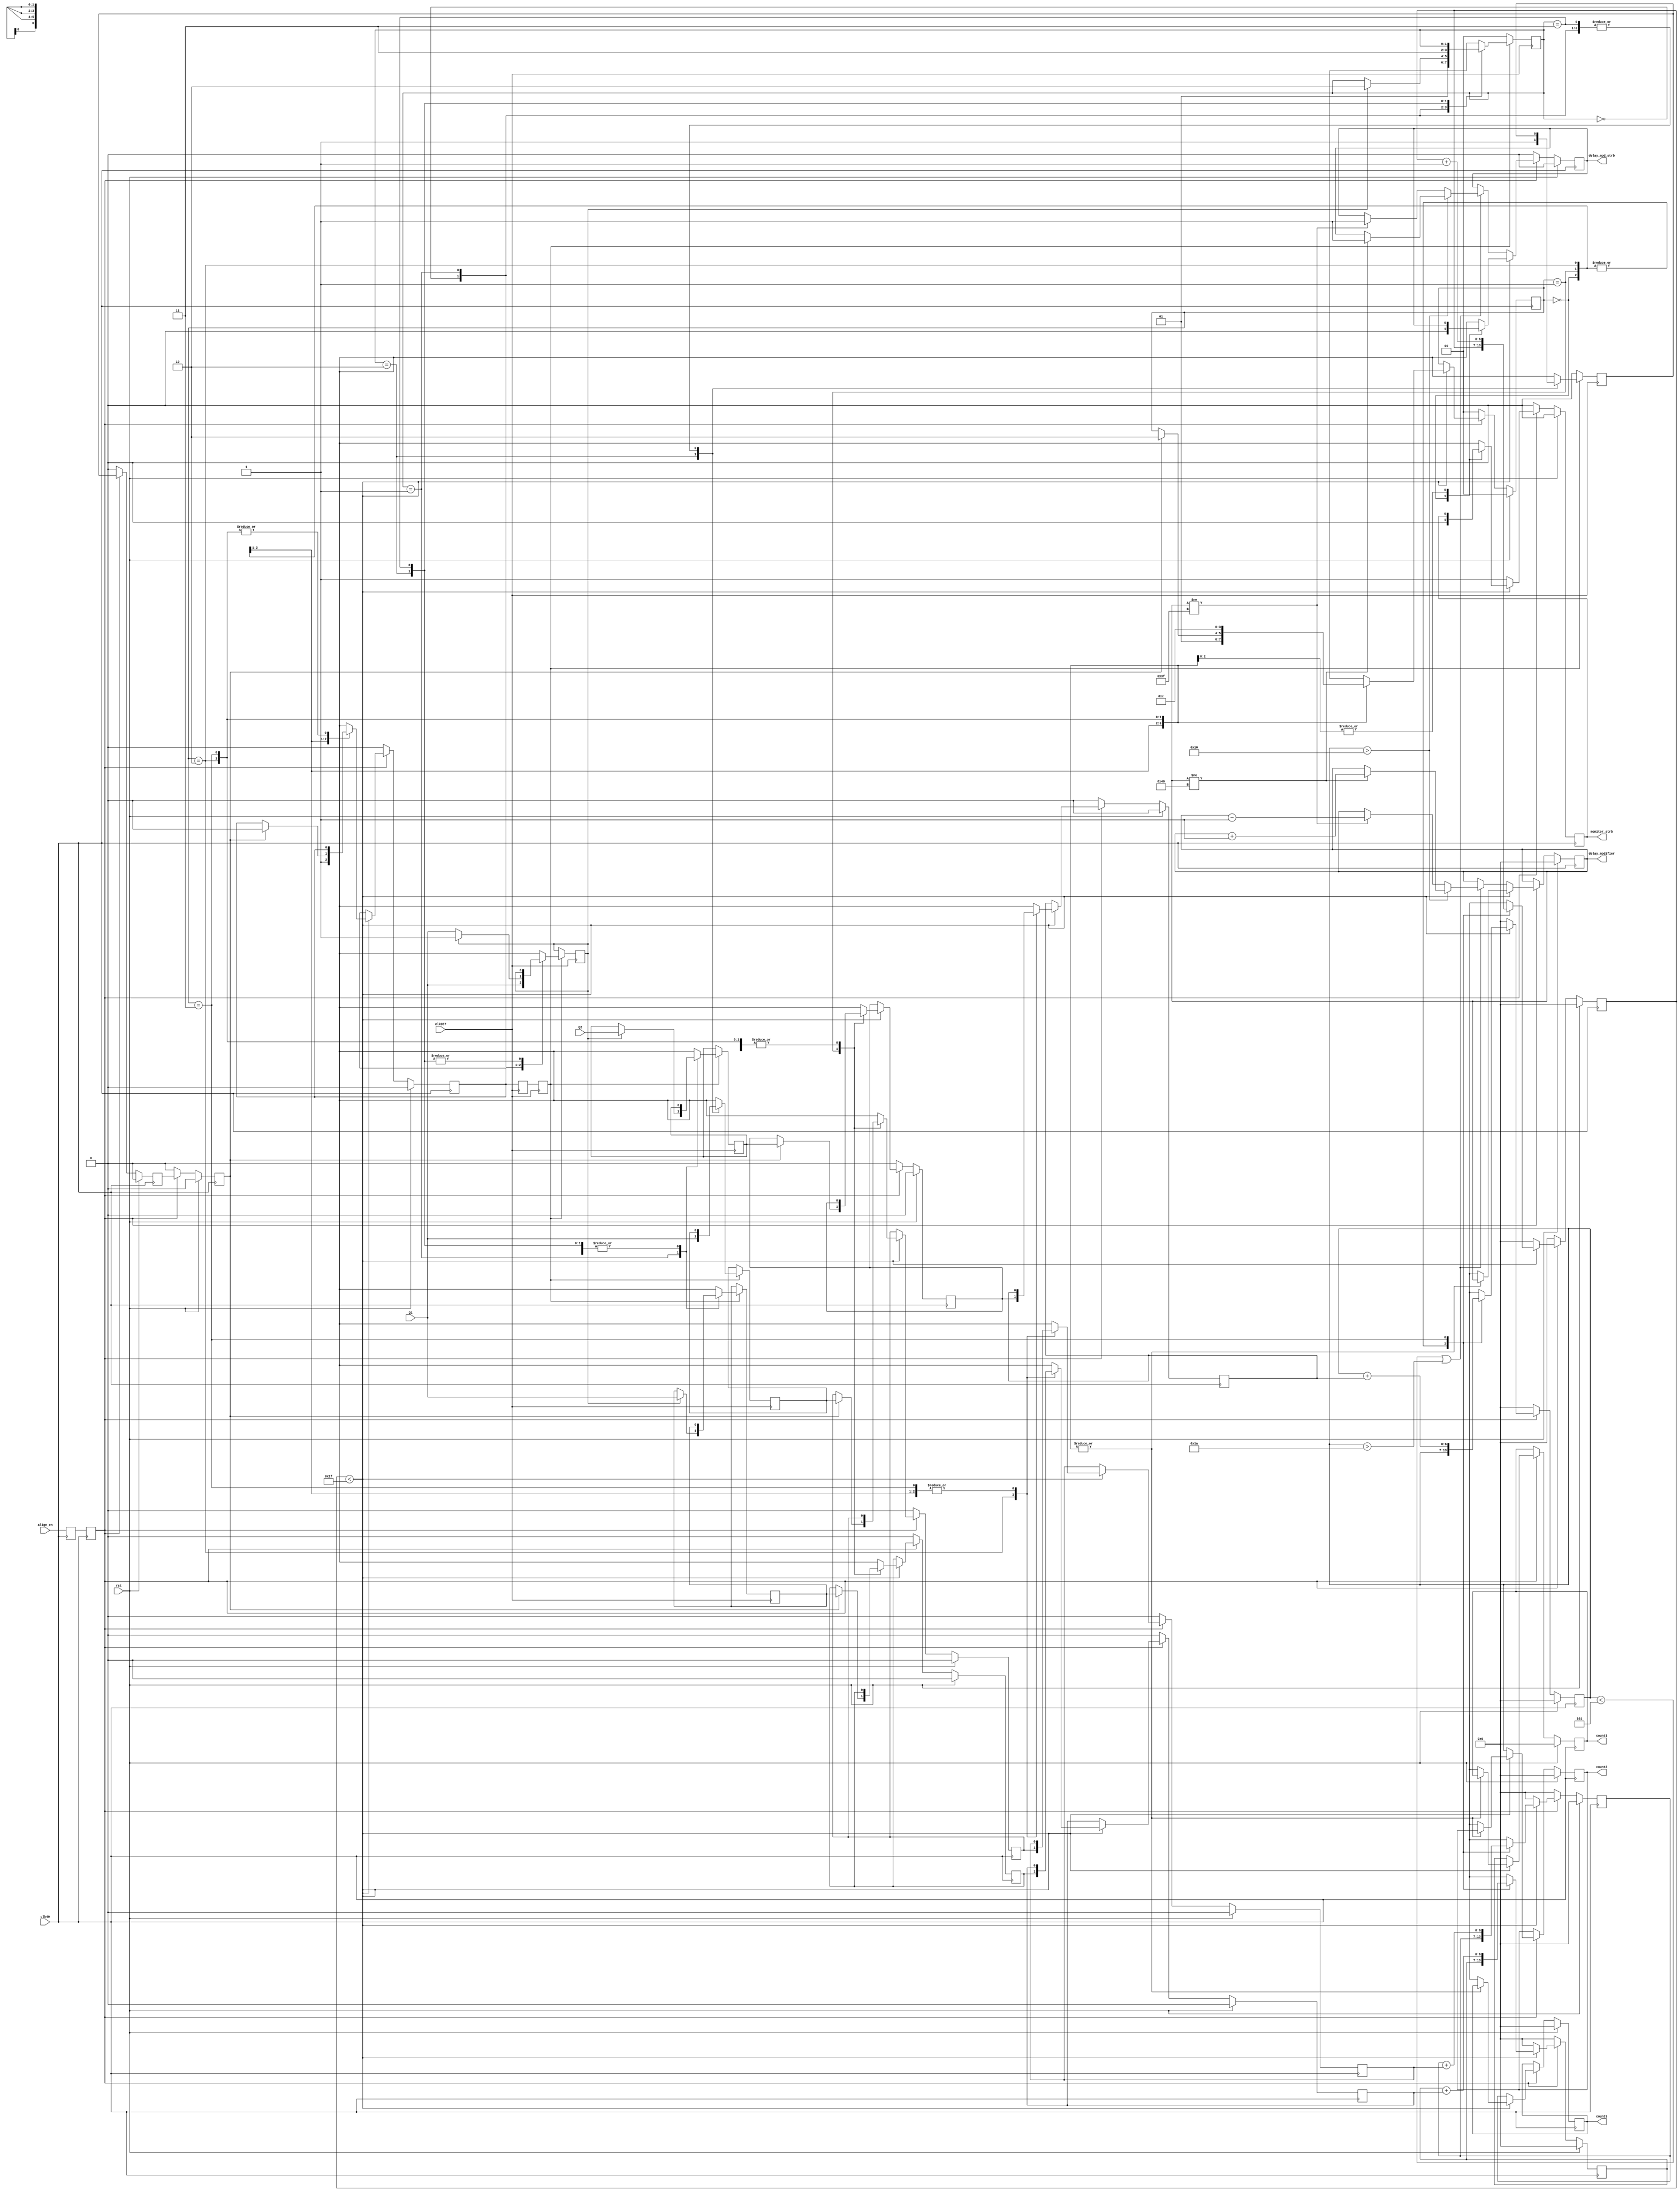
module align_monitor(
		input clk357,
		input clk40,
		input rst,
		input align_en,
		input Q1,
		input Q2,
		//output reg align_end,
		output reg [6:0] delay_modifier,
		output reg delay_mod_strb,
		output reg [6:0] count1,		//Monitoring
		output reg [6:0] count2,		//Monitoring
		output reg [6:0] count3,		//Monitoring
		output reg monitor_strb
);
//Internal registers
//Taking sample_trig high initiates the sampling on 357 domain
reg sample_trig;
reg sample_trig_a;
reg sample_trig_b;
//reg delay_mod_strb;
reg [1:0] sample_state = 2'b00;
// For samples
reg samp0;
reg samp1;
reg samp2;
reg samp3;
//reg monitor_strb;
reg samples_rdy; //(added by GBC) handshaking signal on sampling clk domain to tell
						//the slow domain that samples are ready to synchronise
reg samples_rdy_slow_a; // (added by GBC) synchroniser on slow domain
reg samples_rdy_slow_b; // (added by GBC) guards against metastability
//(* equivalent_register_removal = "no" *) reg align_en_a, align_en_b;
(* equivalent_register_removal = "no", shreg_extract = "no" *) reg align_en_slow_a, align_en_slow_b;
//sythesis attribute equivalent_register_removal of align_en_a is "no"
//sythesis attribute equivalent_register_removal of align_en_b is "no"
//sythesis attribute equivalent_register_removal of align_en_slow_a is "no"
//sythesis attribute equivalent_register_removal of align_en_slow_b is "no"
always @(posedge clk357) begin
	//align_en_a <= align_en;
	//align_en_b <= align_en_a;
	 //if (align_en_b) begin
		//Synchronise sample_trig
		sample_trig_a <= sample_trig;
		sample_trig_b <= sample_trig_a;
		//Take the samples if sample trig is high
		if (sample_trig_b) begin
			case (sample_state)
			2'd0: begin
				//Take zeroth sample
				samp0 <= Q1;
				samp1 <= samp1;
				samp2 <= samp2;
				samp3 <= samp3;
				sample_state <= 2'd1;
				samples_rdy <= samples_rdy;
				end
			2'd1: begin
				samp0 <= (samp0) ? samp0 : Q1;
				samp1 <= (samp0) ? Q1 : samp1;
				samp2 <= (samp0) ? Q2 : samp2;
				samp3 <= samp3;
				sample_state <= (samp0) ? 2'd2 : sample_state; //Increment state
				samples_rdy <= samples_rdy;
				/*
				//if (~samp0) begin
				if (samp0==1'b1) begin // Modified by GBC 23/11/16 - init value of DDR is zero, therefore check for "1"
					//We are on the correct phase, so continue
					samp0 <= samp0;
					samp1 <= Q1;
					samp2 <= Q2;
					sample_state <= 2'd2; //Increment state
				end else begin //Incorrect phase, so ignore this cycle and wait until next
					//samp0 <= 0;
					samp0 <= Q1; // Modified by GBC 23/11/16
					samp1 <= samp1;
					samp2 <= samp2;
					sample_state <= sample_state;
				end
				*/
				end
			2'd2: begin
				samp0 <= samp0;
				samp1 <= samp1;
				samp2 <= samp2;
				//Take third sample
				samp3 <= Q1;
				//Increment state
				sample_state <= 2'd3;
				samples_rdy <= 1'b1;
				end
			2'd3: begin // hold (wait) state
				samp0 <= samp0;
				samp1 <= samp1;
				samp2 <= samp2;
				samp3 <= samp3;
				sample_state <= sample_state;
				samples_rdy <= samples_rdy;
				end
			endcase
		end else begin
			samp0 <= samp0;
			samp1 <= samp1;
			samp2 <= samp2;
			samp3 <= samp3;
			//When sample_trig goes low, reset state
			sample_state <= 2'd0;
			samples_rdy <= 1'b0;
		end	//else (if ~sample_trig_b)
	 //end	//if (align_en)
	//end //else (if ~rst)
end //always
//This logic runs on 40MHz domain
//Assert sample_trig then synchronise the three samples to 40MHz
//Add the samples to three counters to track how many of each are set
//Do so n_samp times
//Secondly, increment or decrement the delay_modifier depending on whether
//or not sample 2's count falls within a threshold range.  The sample1  and 3 counts
//determine which way to move (delay_modifier is twos comp)
//reg [6:0] delay_modifier;
reg samp1_a;
reg samp2_a;
reg samp3_a;
reg samp1_b;
reg samp2_b;
reg samp3_b;
//parameter counter_bits = 7;
//parameter n_samp = 127;
//parameter threshold_min = 20;
//parameter threshold_max = 107;
parameter counter_bits = 7;
parameter n_samp = 7'd31;
parameter threshold_min = 7'd5;
parameter threshold_max = 7'd26;
reg [counter_bits-1:0] main_count;
reg [counter_bits-1:0] samp1_count;
reg [counter_bits-1:0] samp2_count;
reg [counter_bits-1:0] samp3_count;
//To store the final sample counter values for monitoring purposes
//reg [counter_bits-1:0] count1_mon;
//reg [counter_bits-1:0] count2_mon;
//reg [counter_bits-1:0] count3_mon;
reg [1:0] state40 = 2'b00;
//reg [5:0] iteration_counter; // GBC added for testbenching
//wire align_en_end = align_en_slow_b & ~align_en_slow_a;
always @(posedge clk40) begin
	align_en_slow_a <= align_en;
	align_en_slow_b <= align_en_slow_a;
	//align_end <= align_en_end;
	if (rst) begin
		sample_trig <= 0;
		delay_modifier <= 0;
		samp1_a <= 0;
		samp2_a <= 0;
		samp3_a <= 0;
		samp1_b <= 0;
		samp2_b <= 0;
		samp3_b <= 0;
		main_count <= 0;
		samp1_count <= 0;
		samp2_count <= 0;
		samp3_count <= 0;
		state40 <= 0;
		delay_mod_strb <= 0;
		monitor_strb <= 0;
		samples_rdy_slow_a <= 1'b0;
		samples_rdy_slow_b <= 1'b0;
		count1 <= 7'd0;
		count2 <= 7'd0;
		count3 <= 7'd0;
		//iteration_counter <= 6'b0;
	end else begin
	 //align_en_slow_c <= align_en_slow_b;
	 if (align_en_slow_b) begin
	 //synchronise samples_rdy
	 samples_rdy_slow_a <= samples_rdy;
	 samples_rdy_slow_b <= samples_rdy_slow_a;
		if (main_count < n_samp) begin
			case (state40)
			2'b00: begin
				sample_trig <= 1; //Tell 357MHz logic to take some samples
				delay_modifier <= delay_modifier;
				samp1_a <= samp1_a;
				samp2_a <= samp2_a;
				samp3_a <= samp3_a;
				samp1_b <= samp1_b;
				samp2_b <= samp2_b;
				samp3_b <= samp3_b;
				main_count <= main_count;
				samp1_count <= samp1_count;
				samp2_count <= samp2_count;
				samp3_count <= samp3_count;
				state40 <= 2'b01;
				//Turn off the strobe
				delay_mod_strb <= 0;
				monitor_strb <= 0;
				count1 <= count1;
				count2 <= count2;
				count3 <= count3;
				end
			2'b01: begin
				if (samples_rdy_slow_b) begin
					//Start synchronsing samples onto the 40MHz domain
					samp1_a <= samp1;
					samp2_a <= samp2;
					samp3_a <= samp3;
					sample_trig <= 0;
					state40 <= 2'b10;
					delay_modifier <= delay_modifier;
					samp1_b <= samp1_b;
					samp2_b <= samp2_b;
					samp3_b <= samp3_b;
					main_count <= main_count;
					samp1_count <= samp1_count;
					samp2_count <= samp2_count;
					samp3_count <= samp3_count;
					delay_mod_strb <= delay_mod_strb;
					monitor_strb <= monitor_strb;
					count1 <= count1;
					count2 <= count2;
					count3 <= count3;
				end else begin // hold
					samp1_a <= samp1_a;
					samp2_a <= samp2_a;
					samp3_a <= samp3_a;
					sample_trig <= sample_trig;
					state40 <= state40;
					delay_modifier <= delay_modifier;
					samp1_b <= samp1_b;
					samp2_b <= samp2_b;
					samp3_b <= samp3_b;
					main_count <= main_count;
					samp1_count <= samp1_count;
					samp2_count <= samp2_count;
					samp3_count <= samp3_count;
					delay_mod_strb <= delay_mod_strb;
					monitor_strb <= monitor_strb;
					count1 <= count1;
					count2 <= count2;
					count3 <= count3;
					end //else (if ~samples_rdy_slow_b)
				end
			2'b10: begin
				//Finish synching
				samp1_b <= samp1_a;
				samp2_b <= samp2_a;
				samp3_b <= samp3_a;
				state40 <= 2'b11;
				samp1_a <= samp1_a;
				samp2_a <= samp2_a;
				samp3_a <= samp3_a;
				sample_trig <= sample_trig;
				delay_modifier <= delay_modifier;
				main_count <= main_count;
				samp1_count <= samp1_count;
				samp2_count <= samp2_count;
				samp3_count <= samp3_count;
				delay_mod_strb <= delay_mod_strb;
				monitor_strb <= monitor_strb;
				count1 <= count1;
				count2 <= count2;
				count3 <= count3;
				end
			2'b11: begin
				//Add to running totals
				samp1_count <= samp1_count + samp1_b;
				samp2_count <= samp2_count + samp2_b;
				samp3_count <= samp3_count + samp3_b;
				//Increment main counter and reset state
				main_count <= main_count + 1'b1;
				state40 <= 2'b00;
				sample_trig <= sample_trig;
				delay_modifier <= delay_modifier;
				samp1_a <= samp1_a;
				samp2_a <= samp2_a;
				samp3_a <= samp3_a;
				samp1_b <= samp1_b;
				samp2_b <= samp2_b;
				samp3_b <= samp3_b;
				delay_mod_strb <= delay_mod_strb;
				monitor_strb <= monitor_strb;
				count1 <= count1;
				count2 <= count2;
				count3 <= count3;
				end
			endcase
		end else begin
			//Finished counting the samples
			//Must modify the delay if samp2_count is outside the threshold
			//Generally, unless the sampling point is well off, then all of sample 1
			//should be set or unset, and all of sample 3 the opposite
			//Just in case though, will take a majority decision for the possible case of the
			//sample point being well off the optimum position, allowing for correction
//			if (samp1_count >= samp2_count) begin
//				if (samp2_count < threshold_min)	delay_modifier = delay_modifier + (7'b1);
//				if (samp2_count > threshold_max)	delay_modifier = delay_modifier + (-7'b1);
//			end
//			if (samp1_count < samp2_count) begin
//				if (samp2_count < threshold_min)	delay_modifier = delay_modifier + (-7'b1);
//				if (samp2_count > threshold_max)	delay_modifier = delay_modifier + (7'b1);
//			end
			//First check for 'perfect misphasing'
	//This was removed after tests at ATF showed occasional jumps by 20 saturating
	//the delays
	/*		if ( (samp1_count < threshold_max) || (samp3_count > threshold_min) ) begin
				//Hmmm.  Move delay_mod by half a 357 in which ever direction takes i closer
				//to zero to help avoid saturation
				if (delay_modifier[6]) begin
					//Negative
					delay_modifier <= delay_modifier + 7'd20;
					delay_mod_strb <= 1;
				end else begin
					delay_modifier <= delay_modifier + (-7'd20);
					delay_mod_strb <= 1;
				end
			end else begin */
				//Things see okay, so check whether samp2 is within threshold
				if ( (samp2_count < threshold_min) || (samp2_count > threshold_max) ) begin
					//Outside of threshold so modify but prevent wrap-around
					if (samp2_count > 16) begin
						if (delay_modifier != 7'b1000000) begin
							//delay_modifier <= delay_modifier + (-7'b1);
							delay_modifier <= delay_modifier + 7'd001;
							delay_mod_strb <= 1;
						end
					end else begin
						if (delay_modifier != 7'b0111111) begin
							//delay_modifier <= delay_modifier + (7'b1);
							delay_modifier <= delay_modifier - 7'd001;
							delay_mod_strb <= 1;
						end
					end //else (if ~(samp2_count) > 64))
				end
		//	end
			//rewrite GBC 29/11/16 - superfluous condition (comparing to 16) + condsider useful size of delay_mod
			// delay_mod (6 bits) + 1 to catch overflow
			/*if ((samp2_count > threshold min) && (samp2_count < 16)) begin //decrease the delay, provided it is not saturated (eg +/- half the range)
				if (delay_modifier[6]) begin
					delay_modifier <= delay_modifier;
					delay_*/
			//Store values for monitoring and output strobe
			//count1 <= {2'b00, samp1_count};
			//count2 <= {2'b00, samp2_count};
			//count3 <= {2'b00, samp3_count};
			count1 <= samp1_count;
			count2 <= samp2_count;
			count3 <= samp3_count;
			monitor_strb <= 1;
			samp1_a <= samp1_a;
			samp2_a <= samp2_a;
			samp3_a <= samp3_a;
			sample_trig <= sample_trig;
			state40 <= state40;
			samp1_b <= samp1_b;
			samp2_b <= samp2_b;
			samp3_b <= samp3_b;
			//iteration_counter <= iteration_counter + 1'b1;
			//Additional check for 'perfect' misphasing
//			if ( (samp2_count < threshold_max) && (samp2_count > threshold_min) &&
//				( (samp1_count < 127) || (samp3_count > 0) ) ) begin
//					//Something ain't right.  Prang the delay by half a period in which
//					//ever direction takes it closer to zero
//					if (delay_modifier[6])
//						delay_modifier <= delay_modifier + 7'd20;
//					else
//						delay_modifier <= delay_modifier + (-7'd20);
//			end
			main_count <= 5'd0;
			samp1_count <= 5'd0;
			samp2_count <= 5'd0;
			samp3_count <= 5'd0;
			end //else (if ~(main_cnt < n_samp))
		end else begin // if (~align_en)
			count1 <= count1;
			count2 <= count2;
			count3 <= count3;
			sample_trig <= 1'b0;
			delay_modifier <= delay_modifier;
			samp1_a <= 1'b0;
			samp2_a <= 1'b0;
			samp3_a <= 1'b0;
			samp1_b <= 1'b0;
			samp2_b <= 1'b0;
			samp3_b <= 1'b0;
			main_count <= 5'd0;
			samp1_count <= 5'd0;
			samp2_count <= 5'd0;
			samp3_count <= 5'd0;
			state40 <= 2'b00;
			delay_mod_strb <= 1'b0;
			monitor_strb <= 1'b0;
			samples_rdy_slow_a <= 1'b0;
			samples_rdy_slow_b <= 1'b0;
			end // else if (~align_en)
	end //else (if ~rst)
end //always
//assign align_en_slow = align_en_slow_b &
// Output the temp monitored counters
//assign count1 = count1_mon;
//assign count2 = count2_mon;
//assign count3 = count3_mon;
endmodule